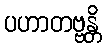
ပဟာတဗ္ဗန္တိ